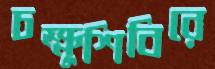
চক্ষুশিবিরে